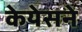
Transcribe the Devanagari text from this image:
केयेसने